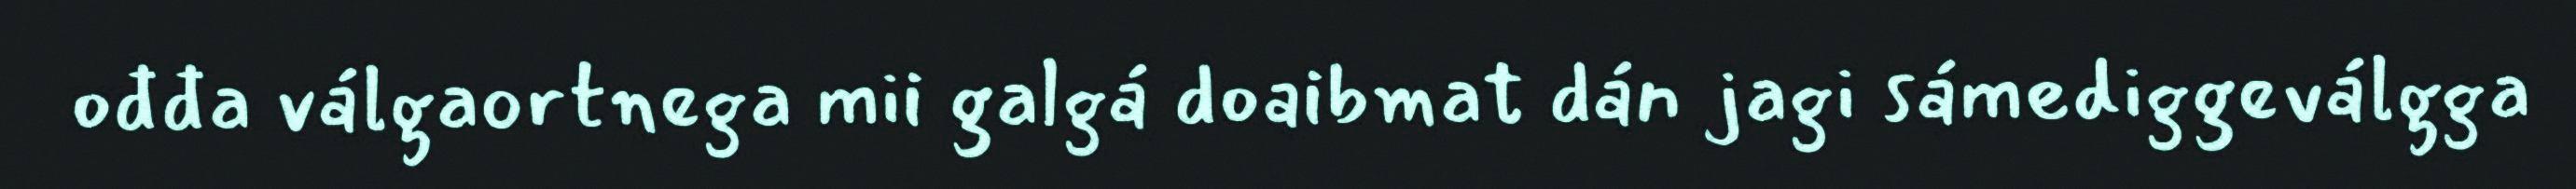
ođđa válgaortnega mii galgá doaibmat dán jagi sámediggeválgga